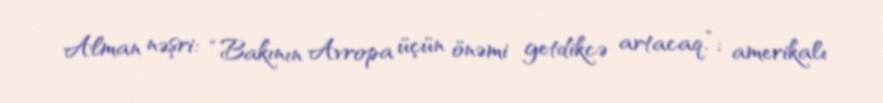
Alman nəşri: “Bakının Avropa üçün önəmi getdikcə artacaq.”; amerikalı